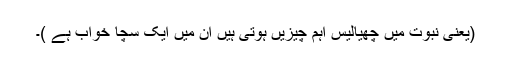
(یعنی نبوت میں چھیالیس اہم چیزیں ہوتی ہیں ان میں ایک سچا خواب ہے )۔